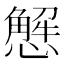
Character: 𢢣